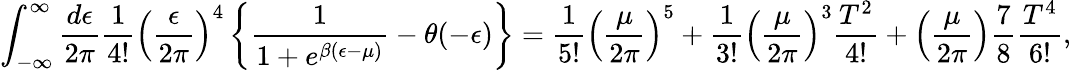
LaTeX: \int_{-\infty}^{\infty}{\frac{d\epsilon}{2\pi}}{\frac{1}{4!}}\left({\frac{\epsilon}{2\pi}}\right)^{4}\left\{ {\frac{1}{1+e^{\beta(\epsilon-\mu)}}}-\theta(-\epsilon)\right\} ={\frac{1}{5!}}\left({\frac{\mu}{2\pi}}\right)^{5}+{\frac{1}{3!}}\left({\frac{\mu}{2\pi}}\right)^{3}{\frac{T^{2}}{4!}}+\left({\frac{\mu}{2\pi}}\right){\frac{7}{8}}{\frac{T^{4}}{6!}},